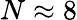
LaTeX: N\approx{8}